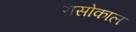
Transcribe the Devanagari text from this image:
रासोकाल